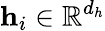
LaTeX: \mathbf{h}_{i}\in\mathbb{R}^{d_{h}}